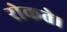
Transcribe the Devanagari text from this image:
रोकते।